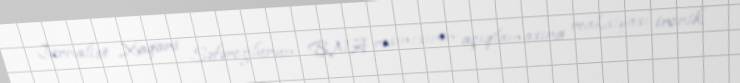
Jurnalist Xaqani Səfəroğlunun BNA rəsmisinin açıqlamasına reaksiyası ironik